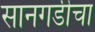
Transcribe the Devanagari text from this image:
सानगडीचा